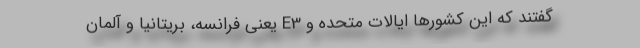
گفتند که این کشورها ایالات متحده و E3 یعنی فرانسه، بریتانیا و آلمان